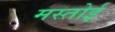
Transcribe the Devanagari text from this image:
मस्तोई